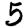
Digit: 5